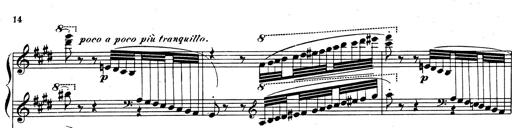
Title: Rhapsodie espagnole
Composer: Franz Liszt